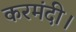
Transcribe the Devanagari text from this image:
करमंदी।